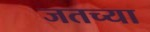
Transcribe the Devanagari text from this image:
जतच्या